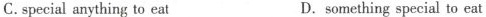
C.special anything to eat D.something special to eat